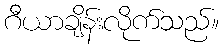
ဂီယာချိန်းလိုက်သည်။